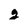
Character: g